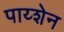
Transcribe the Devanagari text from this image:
पाय्शेन